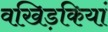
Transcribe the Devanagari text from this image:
वखिड़कियां